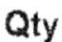
QTY